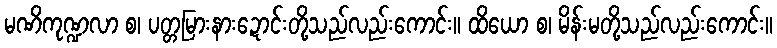
မဏိကုဏ္ဍလာ စ၊ ပတ္တမြားနားဍောင်းတို့သည်လည်းကောင်း။ ထိယော စ၊ မိန်းမတို့သည်လည်းကောင်း။